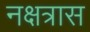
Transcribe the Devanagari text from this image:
नक्षत्रास